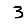
Digit: 3